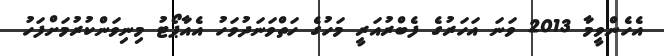
އެހެންވީމާ 2013 ވަނަ އަހަރުގެ ފެބްރުއަރީ މަހުގެ ހަތްވަނަދުވަހު އެއާޕޯޓު މިނިވަންކުރުމަށްފަހު